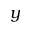
y